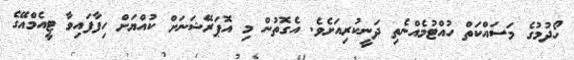
ހޯދުމުގެ މަސައްކަތް ހުއްޓުމެއްނެތި ދަނީކުރިއަށެވެ. އެގޮތުން މި އޮޕަރޭޝަނަށް ކުއްޔަށް ހިފާފައިވާ ޓީއެމްއޭގެ